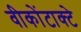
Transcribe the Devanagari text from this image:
वीकोंटाक्टे